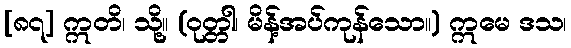
[၈၇] ဣတိ၊ သို့။ (ဝုတ္တါ၊ မိန့်အပ်ကုန်သော။) ဣမေ ဒသ၊